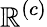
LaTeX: \mathbb{R}^{(c)}